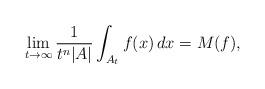
LaTeX: \begin{align*}\lim_{t\to\infty}\frac1{t^n|A|}\int_{A_t}f(x)\,dx=M(f),\end{align*}